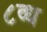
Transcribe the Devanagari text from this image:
८व्ध